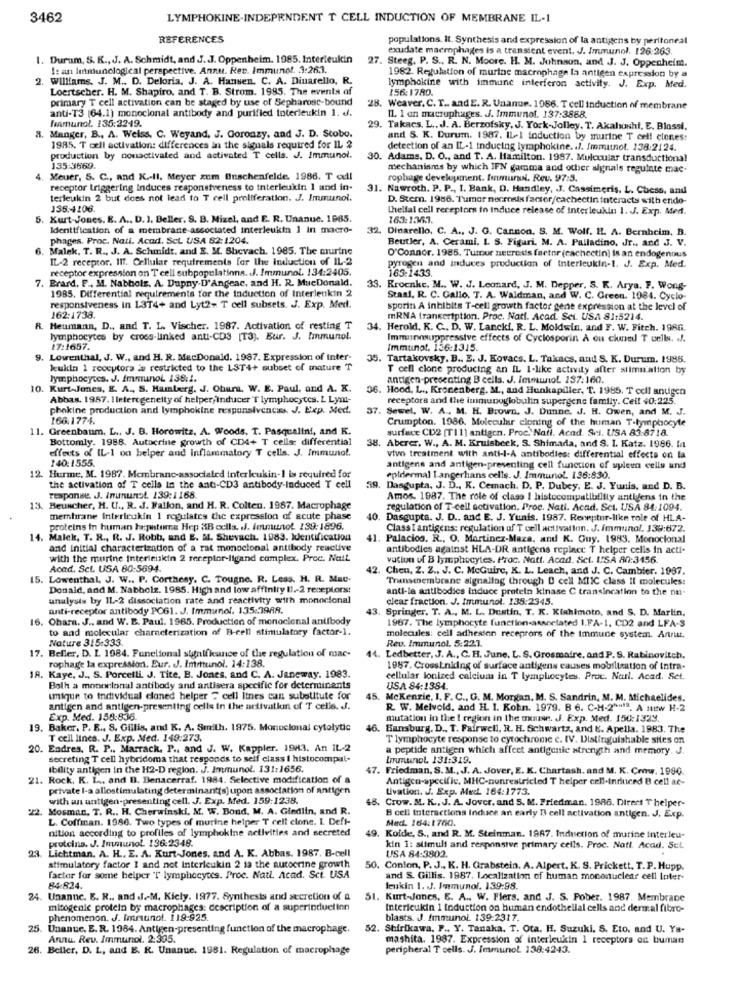
3462
LYMPHOKINE-INDEPENDENT T CELL INDUCTION OF MEMBRANE IL-1
REFERENCES
populations. It. Synthesis and expression of la antigens by peritoneal
exudate macrophages is a transient event. J. Immunol. 126:263
1. Durum, S. K ., J. A. Schmidt, and J.J. Oppenheim. 1985. Interleukin
27. Steeg. P. S ., R. N. Moore. H. M. Johnson, and J. J. Oppenheim.
I: an lemunological perspective. Annu. Rec. Immunol. 3:263.
. Williams, J. M ., D. Deloria. J. A. Hansen. C. A. Dinarello, R.
1982. Regulation of murine macrophage la antigen expression by a
Loertscher. H. M. Shapiro, and T. B. Strom. 1995. The events of
156:1780.
lymphokine with immune interferon activity. J. Exp. Med.
primary T cell activation can be staged by use of Sepharose-bound
anti-T3 (64.1) monoclonal antibody and purified toterleukin 1. d.
28. Weaver, C. T .. and E. R. Unanur. 1966. T cell induction of membrane
Immunol. 135:2249.
IL. 1 an macrophages. J. Immunol. 137:3888.
, Manger, B ., A. Welss. C. Weyand, J. Coronazy, and J. D. Stobo.
29. Takacs. L ., JJ. A. Berzofsky, J. York-Jolley. T. Akalıonhi, E. Blossi.
and S. K. Durum. 1987. IL-I toduction by murine T cell clones:
1985. T cell activation: differences in the signals required for IL 2
detection of an IL-1 inducing lymphokine. . J. Immatnot. 138:2124.
production by nonactivated and activated T cells. J. Immunol.
30. Adams. D. O ., and T. A. Hamilton. 1987. Mulecular transductional
135:3669.
mechanisms by which IFN gamma and other signals regulate mac-
4.
Meuer, S. C ., and K .- II. Meyer zum Buschenfelde. 1986. T cdl
rophage development. Immunul. Rev. 97:5.
receptor triggering induces responsiveness to interleukin 1 and in-
31. Nawroth. P. P ., 1. Bank, D. Handley, J. Cassimeris. L. Chess, and
terleukin 2 but does not lead to T cell proliferation. J. Immunol.
D. Stern. 1986. Tumor necrosis factor/cachectin interacts with endo-
135.4106.
thellal cell receptors to induce release of interleukin 1. J. Exp. Med.
5. Kurt-Jones. E. A ., D. I. Beller. S. B. Mizel, and E. R. Unanue. 1985.
163:1363.
Identification of a membrane associated Interleukin 1 In macro-
32. Dinarello, C. A ., J. G. Cannon. S. M. Wolf. H. A. Bernheim, B.
phages. Proc. Natt. Acad. Sct. USA 82:1204.
Beutler, A. Cerami. I. S. Figuri. M. A. Palladino, Jr ., and J. V.
. Malek, T. R ., J. A. Schmidt, and E. M. Shevach. 1985. The murine
IL-2 receptor. IIT. Cellular requirements for the induction of IL-2
O'Connor. 1986. Tumor necrosis factor (cachectin) is an endogenous
receptor expression on T cell subpopulations. J. Immunol. 134:2405.
pyrogen and induces production of interleukin-1. J. Exp. Med.
163-1433.
7. Brard. F ., M. Nabholz. A. Dupny-D'Angeac, and H. R. MacDonald.
1985. Differential requirements for the Induction of Interleukin 2
33. Kroenke. M ., W. J. Leonard, J. M. Depper, S. R. Arya. F. Wong-
Stasi, R. C. Gallo, T. A. Waldman, and W. C. Green. 1984. Cyclo-
responsiveness in 1374+ and Lyt2- T cell subsets. J. Exp. Med.
sporin A inhibits T-cell growth factor gene expression at the level of
162:1738.
mRNA transcription. Proc. Natt. Acad. Sei. USA 81:5214.
R. Heumann, D ., and T. L. Vischer. 1987. Activation of resting T
34. Herold, K. C .. D. W. Lancki, R. L. Moldwin, and F. W. Fitch. 1986.
lymphocytes by cross-linked anti-CD3 [T3). Eur. J. Immunol.
Immunosuppressive effects of Cyclosporin A ou clumel T cells. . J.
17:1657.
Immunot. 156:1315.
9. Lowenthal, J. W ., and H. R. MacDonald. 1987. Expression of inter-
35. Tartakovsky. B ., E. J. Kovacs. L. Takacs, and S. K. Durum. 1986.
kukin 1 receptora is restricted to the LST4+ subset of mature T
T cell clone producing an IL 1-like activity after stimulation by
lymphocytes. J. Immunol 138:1.
antigen-presenting B cells. J. ImmunoL 137:160.
10. Kurt-Jones, E. A ., S. Haiterg. J. Obare, W. E. Paul, and A. K.
36. Hood, L ., Kronenberg. M ., and Hunkapiller, T. 1985. T cell andigen
Abbas. 1957. 1 letercgeneity of helper;inducer T lymphocytes. L Lym-
receptors and the immunoglobulin supergenc family. Ceil 40:225.
phokine production and lymphokine responsiveness. J. Exp. Med.
37. Sewel. W. A ., M. H. Brown, J. Dunne. J. H. Owen, and M. J.
166.177.6.
Crumpton. 1986. Molecular cloning of the human T-lymphocyte
11. Greenbaum, L ., J. B. Horowitz, A. Woods, T. Pasqualini, and K.
surface CD2 [T11) antigen. Proc. Natl. Acad. Sel. USA 83:8718.
Bottomly. 1988. Autocrine growth of CD4+ T cells: differential
38. Aberer, W ., A. M. Kruisbeek, S. Shimada, and S. I. Katz. 1986. In
effects of IL-1 on helper and Inflammatory T cells. J. Immunol.
140:1555.
vivo treatment with anti-l-A antibodies: differential effects on la
antigens and antigen-presenting cell function of spleen cells and
12. Hurme, M. 1987. Membranc-associated interleukin-1 is required for
epidermal Langerhans cells. J. Immunol. 136:830.
the activation of T cells in the anti-CD3 antibody-induced T cell
39. Dasgupta, J. D ., K. Cemach. D. P. Dubey, E. J. Yunis, and D. B.
response. J. Inununot. 139:1168.
Amos. 1987. The role of class I histocompatibility antiyens in the
13. Beuncher, H. U ., R. J. Fallon, and H. R. Colten. 1987. Macrophage
regulation of T-cell activation. Proc. Nati. Acad. Sct. USA 84:1094.
membrane interleukin 1 regulates the expression of acute phase
. Dasgupta. J. D .. and E. J. Yunis. 1987. Receptor-like role of HLA-
proteins in human heptime Hep &Bodils. J. Immunol 189: 1896.
Class I antigens: regulation of T cell activation. J. Immunol, J39:672.
14. Malek, T. R ., R. J. Robb, and E. M. Shevach. 1983. Identification
. Palacios. R ., O. Martinez-Maza, and K. Guy. 1983. Monoclonal
and initial characterization of a rat monoclonal antibody reactive
antibodies against HLA-DR antigens replace T helper cells in acti-
with the murine interleukin 2 receptor-ligand complex. Proc. Nail
vation of B lymphocytes. Proc. Natt. Acad. Set. I!SA 80:3456.
Acad. Sct. USA 80:5694.
42. Chen, Z. Z ., J. C. McGuire, K. L. Leach, and J. C. Cambier. 1987.
15. Lowenthal, J. W .. P. Corthesy. C. Tougne. R. Less, H. R. Mac-
Transmembrane signaling through D cell MIIC class Il molecules:
Donald, and M. Nabholz. 1985. High and low affinity 11-2 receptorss!
anti-la antibodies induce protein kinase C transincation to the nu-
analysis by IL-2 dissociation rate and reactivity with monoclonal
clear fraction. J. Immunol. 138:2345.
anti-receptor antibody PC61. J. Immunol. 135:3988.
43. Springer. T. A ., M. L. Dustin. T. K. Kishimoto, and S. D. Martin,
. Ohara. J .. and W. B. Paul. 1965. Production of monoclenal antibody
1967. The lymphocyte function-associated I.FA-1, CD2 and LFA-S
to and molecular characterization of B-rell stimulatory factor-1.
Nature 315:333.
molecules: cell adhesion receprors of the immune system. Annu.
Rev. Immunol. 5:221.
17. Beller, D. L. 1984. Fanelional signifkance of the regulation of mac-
rophage la expression. Eur. J. Intrttunol. 14:138.
14. Ledbetter, J. A ., C. H. June, L. S. Grosmaire, and P.S. Rabinovitch.
1987. Crossknking of surface antigens causes mobilization of Intra-
18. Kaye, J ., S. Porcelli. J. Tite, B. Jones, and C. A. Janeway. 1983.
cellular lonized calcium in T lymphocytes. Proc. Nurl. Acad. Set.
Balh a monoclonal antibody and antisera specific for determinants
USA 84:1384.
Iique to individual cloned helper " cell lines can substitute for
. Mckenzie, I. F. C ., G. M. Morgan. M. S. Sandrin, M. M. Michaelides.
antigen and antigen-presenting cells in the adivatkin of T cells. JJ.
R. W. Melvold, and H. I. Kohn. 1979. B 6. C-M-2"M". A new H-2
Exp. Med. 158:836.
mutation in the I region in the minie. J. Exp. Med. 150:1323.
19. Baker, P. E ., S. Gillis, and K. A. Smith. 1975. Monoclonal cytolytic
6. Hansburg. D ., T. Fairwell, R. H. Schwartz, and E. Apella. 1983. The
T cell lines. J. Exp. Med. 149:273.
T lymphocyte response to cytochrome c. IV. Distinguishable sites on
20. Endres. R. P ., Marrack, P ., and J. W. Kappler. 1983. An IL-2
a peptide antigen which affeet antigenie strength and memory. J.
secreting T cell hybridoma that responds to self class I histocompul-
Immunol 131:319.
Ibility antigen in the H2-D region. J. Immunol. 131:1656.
47. Friedman, S. M ., J. A. Jover, E. K. Chartash. and M. K. Crow. 1980.
21. Rock, K. L ., and D. Benacerraf. 1984. Selective modification of
Antigen-specific, MHC-nunrestricted T helper cell-induced B cell ac-
private I-a allostimulating determinant(s) upon association of antigen
Uivation. J. Exp. Med. 164:1773.
with an antigen-presenting cell. J. Exp. Med. 159:1238.
48. Crow. M. K ., J. A. Jover, and 5. M. Friedman. 1986. Direct T helper-
22. Mosman, T. R ., H. Cherwinski, M. W. Bond. M. A. Giediin, and R.
L. Coffman. 1986. Two types of murine helper T cell clone. I Deft-
Med 164:1760.
B cell interactions Induce an early T cell activation antigen. J. Exp.
nition according to profiles of lymphokine activities and secreted
proteina. J. Immunol. 136:2348.
49. Koide, S ., and R. M. Steinman. 1967. Induction of murine interleu-
23. Lichtman. A. H .. E. A. Kurt Jones, and A. K. Abbas. 1987. B-cell
kin 1: stimuli and responsive primary cells. Proc. Nati. Acad. Sel.
USA 84:3802.
stimulatory factor 1 and not Interleukin 2 12 the autocrine growth
50. Conton, P. J ., K. H. Grabstein. A. Alpert, K. S. Prickett. T.P. Hupp.
factor for some helper T lymphocytes. Proc. Natl. Acad. Sct. USA
and S. Gillis. 1987. Localization of human mononuclear cell Inter-
84824.
leukin 1. JJ. Immunol. 139:98.
24. Unanuc. E. R ., and .J .- M. Kicly. 1977. Synthesis and secretion of a
51. Kurt-Jones, E. A .. W. Flers. and J. S. Pober. 1987. Membrane
mitogenic protein by macrophages: description of a superinduction
Intericukin 1 induction on human endothelial cells and dermal fibro-
phenomenon. J. Immunol. 119:925.
blasts. J. Immunol 139:2317.
25.
Unanue. E. R. 1984. Antigen-presenting function of the macrophage.
52. Shirikawa, P ., Y. Tanaka. T. Ota. H. Suzuki, S. Eto. and U. Ya-
Annu. Rev. Immunol. 2:305.
mashita. 1987. Expression of interleukin 1 receptors os buman
26. Beller, D. L, and E. R. Unanue. 1981. Regulation of macrophage
peripheral T cells. J. Immunol 138:4243.